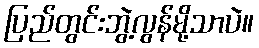
ပြည်တွင်းဘွဲ့လွန်မို့သာပဲ။